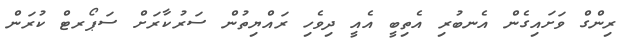
ރިންގް ވަށައިގެން އެނބުރި އެތިބީ އެއީ ދިވެހި ރައްޔިތުން ސަަރުކާރަށް ސަޕޯރޓް ކުރަން